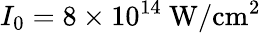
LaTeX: I_{0}=8\times 10^{14}~\mathrm{W/cm^{2}}